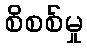
စိစစ်မှု